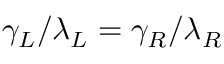
\gamma _ { L } / \lambda _ { L } = \gamma _ { R } / \lambda _ { R }